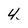
Character: 4